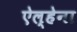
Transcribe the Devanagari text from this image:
ऐल्हेना